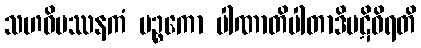
သဟဝိပဿနကံ မဉ္စကော ပါဏာတိပါတာဒိပဋိဝိရတိ